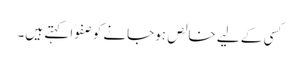
کسی کے لیے خالص ہوجانے کو صفوًا کہتے ہیں۔